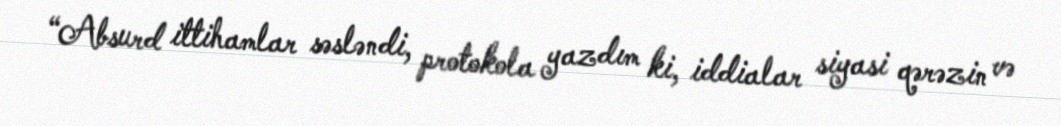
“Absurd ittihamlar səsləndi, protokola yazdım ki, iddialar siyasi qərəzin və